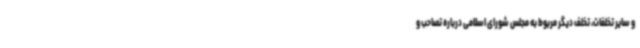
و سایر تخلفات، تخلف دیگر مربوط به مجلس شورای اسلامی درباره تصاحب و